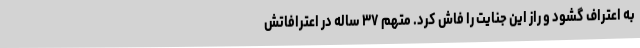
به اعتراف گشود و راز این جنایت را فاش کرد. متهم ۳۷ ساله در اعترافاتش